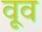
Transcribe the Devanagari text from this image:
वूव